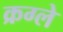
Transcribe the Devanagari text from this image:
क्रग्ले